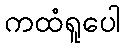
ကထံရူပေါ